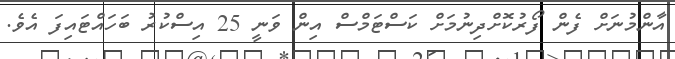
އާންމުނަށް ފެން ފޯރުކޮށްދިނުމަށް ކަސްޓަމްސް އިން ވަނީ 25 އިސްކުރު ބަހައްޓައިފަ އެވެ.